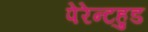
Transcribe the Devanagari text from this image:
पेरेन्टहुड